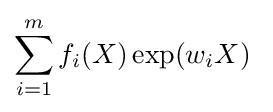
\sum _{i=1}^{m}f_{i}(X)\exp(w_{i}X)\